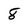
Character: 8